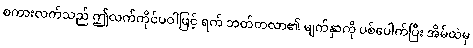
စကားလက်သည် ဤလက်ကိုင်ပဝါဖြင့် ရက် ဘတ်တလာ၏ မျက်နှာကို ပစ်ပေါက်ပြီး အိမ်ထဲမှ